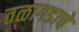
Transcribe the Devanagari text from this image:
तळागडाचे